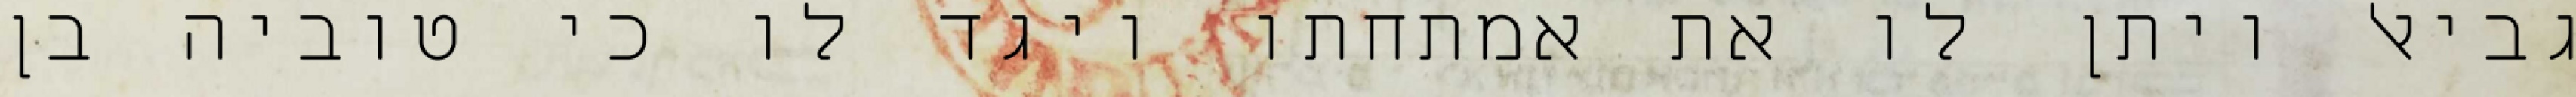
גביאל ויתן לו את אמתחתו ויגד לו כי טוביה בן